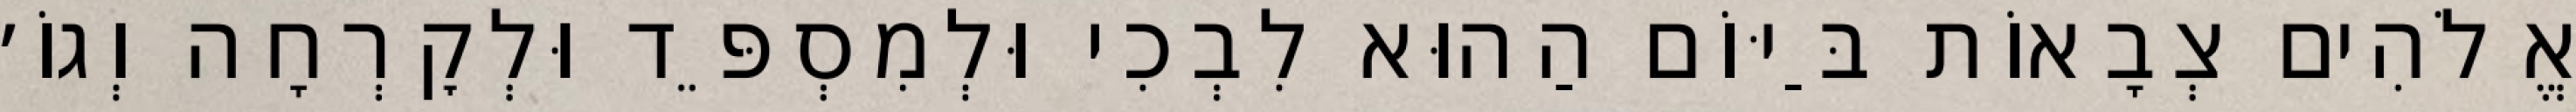
אֱלֹהִים צְבָאוֹת בַּיּוֹם הַהוּא לִבְכִי וּלְמִסְפֵּד וּלְקׇרְחָה וְגוֹ׳